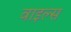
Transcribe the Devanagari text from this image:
वाइल्स